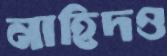
নাহিদও